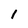
Character: 1